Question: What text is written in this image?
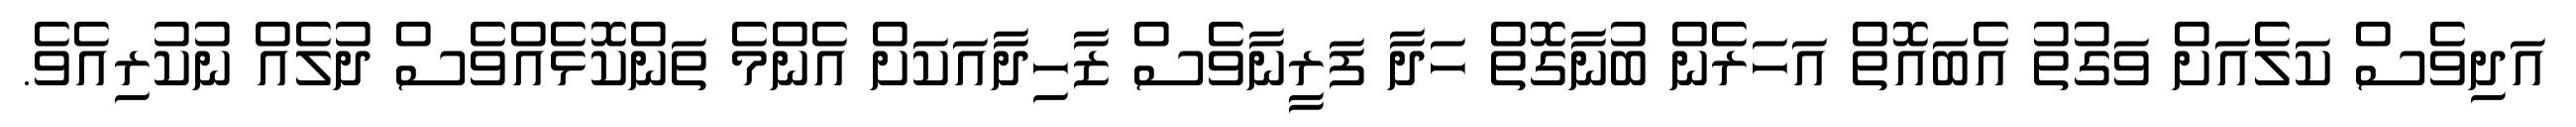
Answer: އަދިވެސް ކަލެއަށް ވަގުތު އެބައޮތް އަހަރެން ބުނާގޮތް ހަދާ ފަރީނާވެސް ޒާހިދާއަކަށް އެންމެ ތަންކޮޅެއްވެސް ދުލެއް ނުކުރިއެވެ.